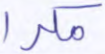
مكرا